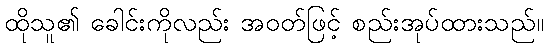
ထိုသူ၏ ခေါင်းကိုလည်း အဝတ်ဖြင့် စည်းအုပ်ထားသည်။